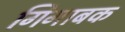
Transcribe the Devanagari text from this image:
गिगाबक